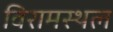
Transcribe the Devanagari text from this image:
विरामस्थल